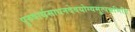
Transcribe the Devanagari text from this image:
पुरुषार्थसाधनदेवयोग्यमुत्पन्नमिति